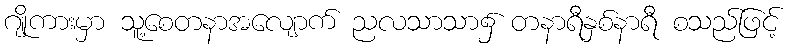
ဂျိုကားမှာ သူ့စေတနာအလျောက် ညလသာသာ၌ တနာရီနှစ်နာရီ စသည်ဖြင့်